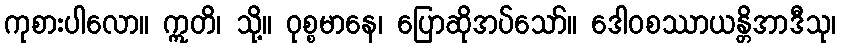
ကုစားပါလော။ ဣတိ၊ သို့။ ဝုစ္စမာနေ၊ ပြောဆိုအပ်သော်။ ဒေါဝစဿာယန္တိအာဒီသု၊